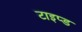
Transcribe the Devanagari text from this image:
टाइप्ड